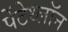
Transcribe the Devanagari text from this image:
पेंटेथ्लॉन